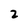
Character: 2